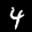
Label: 4